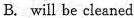
B. will be cleaned